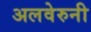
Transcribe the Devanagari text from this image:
अलवेरुनी